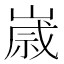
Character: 𡻕